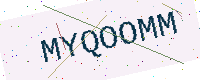
Text: MYQOOMM